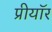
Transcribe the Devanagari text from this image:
प्रीयॉर